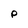
Character: P